Vaccination in Bombay 1902-1912 - 1902-1912
Year: 1902
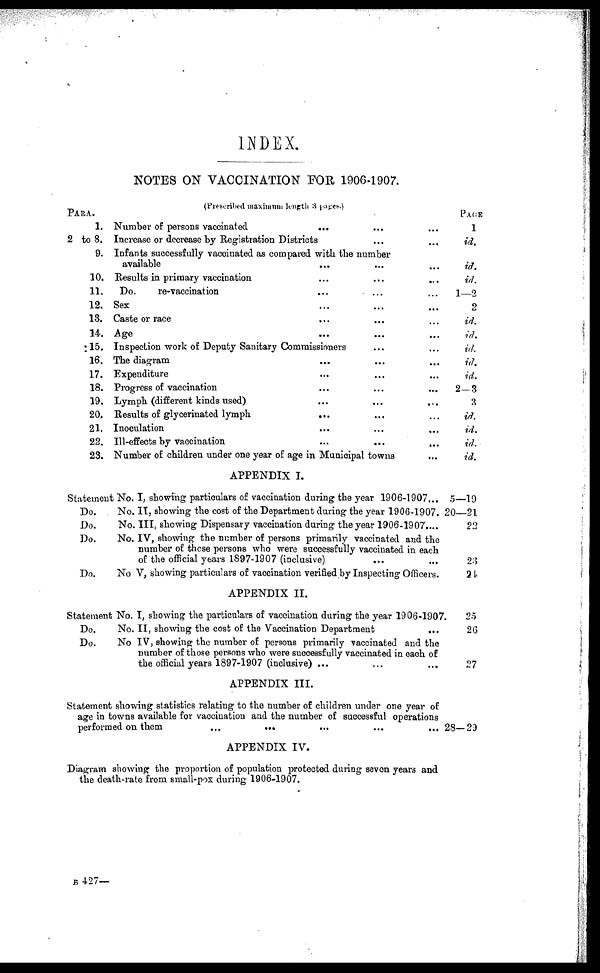
INDEX.
NOTES ON VACCINATION FOR 1906-1907.
(Preseribed maximum length 3 pages.)
PARA.
1.
2 to 8.
9.
10.
11.
12.
13.
14.
15.
16.
17.
18.
19.
20.
21.
22.
23.
Number of persons vaccinated
...
...
...
Increase or decrease by Registration Districts ... ...
Infants successfully vaccinated as compared with the number
available ... ... ...
Results in primary vaccination
...
...
...
Do.
re-vaccination ... ... ...
Sex ... ... ...
Caste or race ... ... ...
Age
...
...
...
Inspection work of Deputy Sanitary Commissioners ... ...
The diagram ... ... ...
Expenditure ... ... ...
Progress of vaccination ... ... ...
Lymph (different kinds used) ... ... ...
Results of glycerinated lymph
... ... ...
Inoculation ... ... ...
Ill -effects by vaccination ... ... ...
Number of children under one year of age in Municipal towns ...
PAGE
1
id.
id.
id.
1—2
2
id.
id.
id.
id.
id.
2—3
3
id.
id.
id.
id.
APPENDIX I.
Statement No. I, showing particulars of vaccination during the year 1906-1907...
Do. . No. II, showing the cost of the Department during the year 1906-1907.
Do.
No. III, showing Dispensary vaccination during the year 1906-1907....
Do.
No. IV, showing the number of persons primarily vaccinated and the
number of these persons who were successfully vaccinated in each
of the official years 1897-1907 (inclusive)
Do.
No V, showing particulars of vaccination verified by Inspecting Officers.
5—19
20—21
22
23
24
APPENDIX II.
Statement No. I, showing the particulars of vaccination during the year 1906-1907.
Do.
No. II, showing the cost of the Vaccination Department
...
Do.
No IV, showing the number of persons primarily vaccinated and the
number of those persons who were successfully vaccinated in each of
the official years 1897-1907 (inclusive) ...
25
26
27
APPENDIX III.
Statement showing statistics relating to the number of children under one year of
age in towns available for vaccination and the number of successful operations
performed on them
...
...
...
28—29
APPENDIX IV.
Diagram showing the proportion of population protected during seven years and
the death-rate from small-pox during 1906-1907.
B 427—